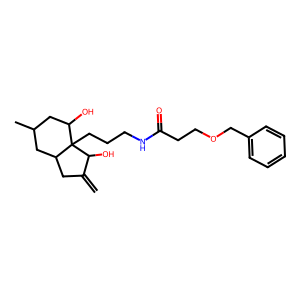
SMILES: C=C1CC2CC(C)CC(O)C2(CCCNC(=O)CCOCc2ccccc2)C1O
Inhibits HIV replication: No